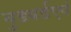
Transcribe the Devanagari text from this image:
वुडवर्डएवं